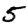
Digit: 5